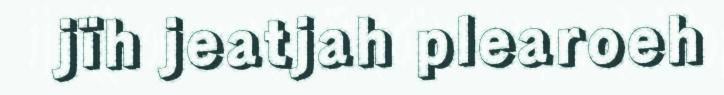
jïh jeatjah plearoeh